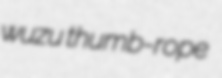
wuzu thumb-rope